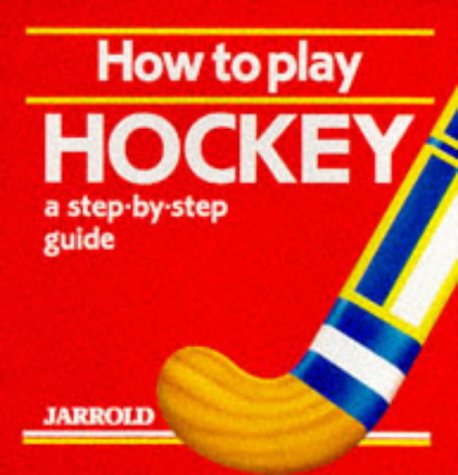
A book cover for How to Play Hockey: A Step-By-Step Guide (Jarrold Sports); Liz French; Sports & Outdoors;